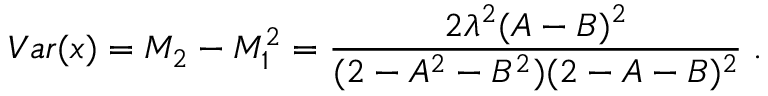
V a r ( x ) = M _ { 2 } - M _ { 1 } ^ { 2 } = \frac { 2 \lambda ^ { 2 } ( A - B ) ^ { 2 } } { ( 2 - A ^ { 2 } - B ^ { 2 } ) ( 2 - A - B ) ^ { 2 } } \; .